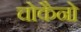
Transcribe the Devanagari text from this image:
चोकैनो